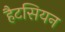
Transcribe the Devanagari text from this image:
हैटसियन